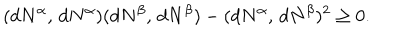
LaTeX: ( d N ^ { \alpha } , \, d N ^ { \alpha } ) ( d N ^ { \beta } , \, d N ^ { \beta } ) - ( d N ^ { \alpha } , \, d N ^ { \beta } ) ^ { 2 } \geq 0 .